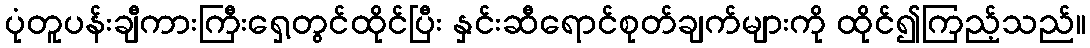
ပုံတူပန်းချီကားကြီးရှေ့တွင်ထိုင်ပြီး နှင်းဆီရောင်စုတ်ချက်များကို ထိုင်၍ကြည့်သည်။